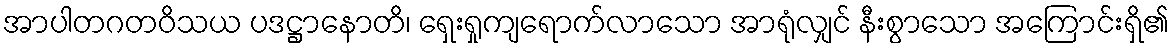
အာပါတဂတဝိသယ ပဒဋ္ဌာနောတိ၊ ရှေးရှုကျရောက်လာသော အာရုံလျှင် နီးစွာသော အကြောင်းရှိ၏